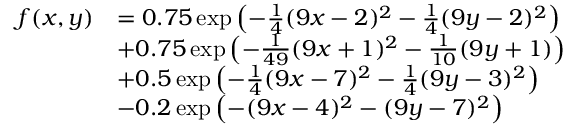
\begin{array} { r l } { f ( x , y ) } & { = 0 . 7 5 \exp \left( - \frac { 1 } { 4 } ( 9 x - 2 ) ^ { 2 } - \frac { 1 } { 4 } ( 9 y - 2 ) ^ { 2 } \right) } \\ & { + 0 . 7 5 \exp \left( - \frac { 1 } { 4 9 } ( 9 x + 1 ) ^ { 2 } - \frac { 1 } { 1 0 } ( 9 y + 1 ) \right) } \\ & { + 0 . 5 \exp \left( - \frac { 1 } { 4 } ( 9 x - 7 ) ^ { 2 } - \frac { 1 } { 4 } ( 9 y - 3 ) ^ { 2 } \right) } \\ & { - 0 . 2 \exp \left( - ( 9 x - 4 ) ^ { 2 } - ( 9 y - 7 ) ^ { 2 } \right) } \end{array}